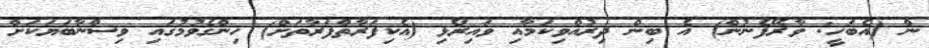
ން (އެބަހީ: ވާރޭފެނުން) އެ ބިން ދިރުއްވިކަމާއި ވައިރޯޅި (އެކިފަރާތްފަރާތަށް) ހިންގެވުމުގައި ވިސްނާބަޔަކަށް